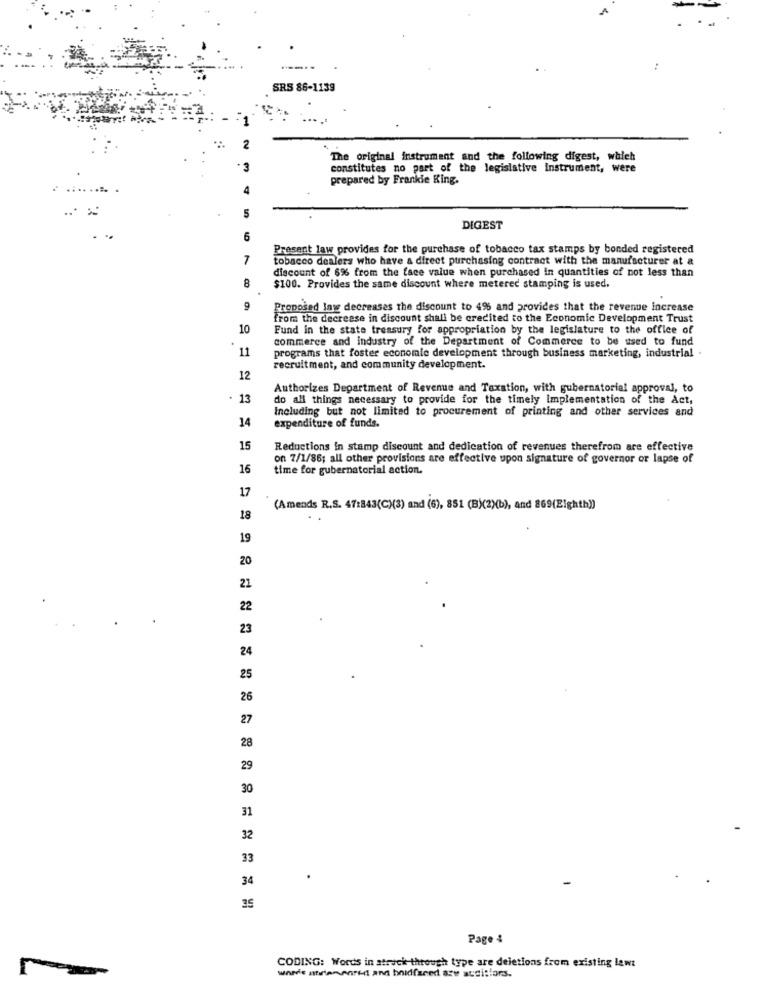
A
SRS 86-1139
2
The original instrument and the following digest, which
·3
constitutes no part of the legislative Instrument, were
prepared by Frankle King.
5
DIGEST
6
Present law provides for the purchase of tobacco tax stamps by bonded registered
7
tobacco dealers who have a direct purchasing contract with the manufacturer at a
discount of 6% from the face value when purchased in quantities of not less than
8
$100. Provides the same discount where metered stamping is used.
9
Proposed Iny decreases the discount to 4% and provides that the revenue increase
from the decrease in discount shall be credited to the Economic Development Trust
10
Fund in the state treasury for appropriation by the legislature to the office of
commerce and industry of the Department of Commerce to be used to fund
11
programs that foster economic development through business marketing, industrial
recruitment, and community development.
12
Authorizes Department of Revenue and Taxation, with gubernatorial approval, to
13
do all things necessary to provide for the timely implementation of the Act,
Including but not limited to procurement of printing and other services and
14
expenditure of funds.
15
Reductions in stamp discount and dedication of revenues therefrom are effective
on 7/1/86; all other provisions are effective upon signature of governor or lapse of
16
time for gubernatorial action.
17
(Amends R.S. 47:843(C)(3) and (6), 851 (B)(2)(b), And 869(Eighth))
18
..
19
20
21
22
23
24
25
26
27
28
29
30
31
32
33
34
35
Page 4
CODING: Words in strick through type are deletions from existing lawt
where atwienenridt and bnidfseed ase ausistors.